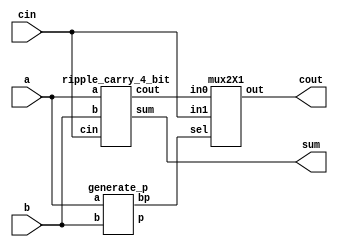
module carry_skip_4bit(a, b, cin, sum, cout);
input [3:0] a,b;
input cin;
output [3:0] sum;
output cout;
wire [3:0] p;
wire c0;
wire bp;
 
ripple_carry_4_bit rca1 (.a(a[3:0]), .b(b[3:0]), .cin(cin), .sum(sum[3:0]), .cout(c0));
generate_p p1(a,b,p,bp);
mux2X1 m0(.in0(c0),.in1(cin),.sel(bp),.out(cout));
 
endmodule
 module generate_p(a,b,p,bp);
input [3:0] a,b;
output [3:0] p;
output bp;
assign p= a^b;
assign bp= &p;
endmodule
 
module ripple_carry_4_bit(a, b, cin, sum, cout);
input [3:0] a,b;
input cin;
wire c1,c2,c3;
output [3:0] sum;
output cout;
full_adder fa0(.a(a[0]), .b(b[0]),.cin(cin), .sum(sum[0]),.cout(c1));
full_adder fa1(.a(a[1]), .b(b[1]), .cin(c1), .sum(sum[1]),.cout(c2));
full_adder fa2(.a(a[2]), .b(b[2]), .cin(c2), .sum(sum[2]),.cout(c3));
full_adder fa3(.a(a[3]), .b(b[3]), .cin(c3), .sum(sum[3]),.cout(cout));
endmodule

module full_adder(a,b,cin,sum, cout);
input a,b,cin;
output sum, cout;
assign {cout,sum}=a+b+cin;
endmodule


module mux2X1( in0,in1,sel,out);
input in0,in1;
input sel;
output out;
assign out=(sel)?in1:in0;
endmodule